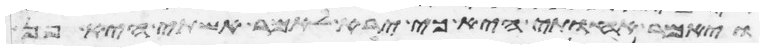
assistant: ויאמר אחותי היא כי ירא לאמר אשתי היא פן